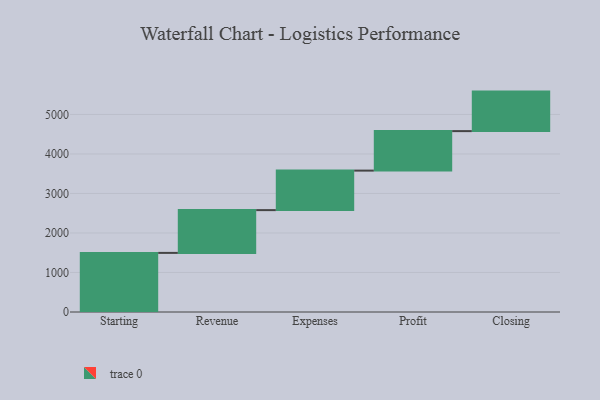
{"axis": {"x": "Step", "y": "Value"}, "legend": [""], "data": [{"x": "Starting", "y": 1496.0, "type": ""}, {"x": "Revenue", "y": 1083.0, "type": ""}, {"x": "Expenses", "y": 1000, "type": ""}, {"x": "Profit", "y": 1000, "type": ""}, {"x": "Closing", "y": 1000, "type": ""}]}